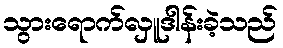
သွားရောက်လှူဒါန်းခဲ့သည်